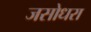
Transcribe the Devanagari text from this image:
जसोधरा